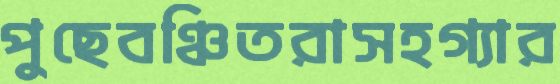
পুছেবঞ্চিতরাসহগ্যার